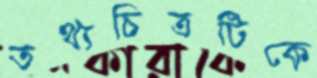
তথ্যচিত্রটিকে